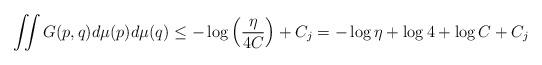
LaTeX: \begin{align*}\iint G(p,q) d \mu(p) d \mu(q) \leq -\log \left(\frac{\eta}{4 C}\right) + C_j = -\log \eta + \log 4 + \log C + C_j\end{align*}